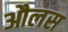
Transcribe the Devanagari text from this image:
औलस